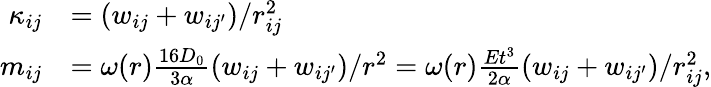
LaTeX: \begin{array}{rl}{\kappa_{ij}}&{=(w_{ij}+w_{ij^{\prime}})/r_{ij}^{2}}\\ {m_{ij}}&{=\omega(r)\frac{16D_{0}}{3\alpha}(w_{ij}+w_{ij^{\prime}})/r^{2}=\omega(r)\frac{Et^{3}}{2\alpha}(w_{ij}+w_{ij^{\prime}})/r_{ij}^{2},}\end{array}